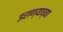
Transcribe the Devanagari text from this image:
इराण्याच्या